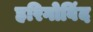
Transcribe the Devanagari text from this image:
हरिगोविंद